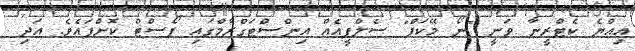
އިއްޔެ ކެޓްރީނާ ވަނީ "ނޯ މޭކަޕް" ސެލްފީއެއް އިންސްޓަގްރާމްގައި ޕޯސްޓް ކޮށްފައެވެ. އަދި